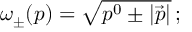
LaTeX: \omega _ { \pm } ( p ) = \sqrt { p ^ { 0 } \pm | \vec { p } | } \, ;